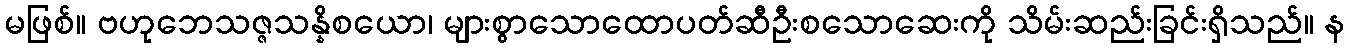
မဖြစ်။ ဗဟုဘေသဇ္ဇသန္နိစယော၊ များစွာသောထောပတ်ဆီဦးစသောဆေးကို သိမ်းဆည်းခြင်းရှိသည်။ န